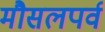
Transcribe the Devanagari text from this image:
मौसलपर्व